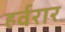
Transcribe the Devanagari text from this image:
हर्वरार